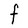
Character: F